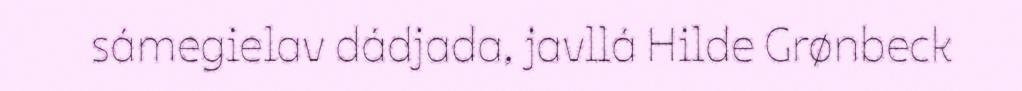
sámegielav dádjada, javllá Hilde Grønbeck